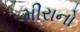
મીરાનો